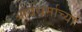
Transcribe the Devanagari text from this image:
आर्यधर्माच्या